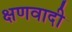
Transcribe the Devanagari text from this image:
क्षणवादी